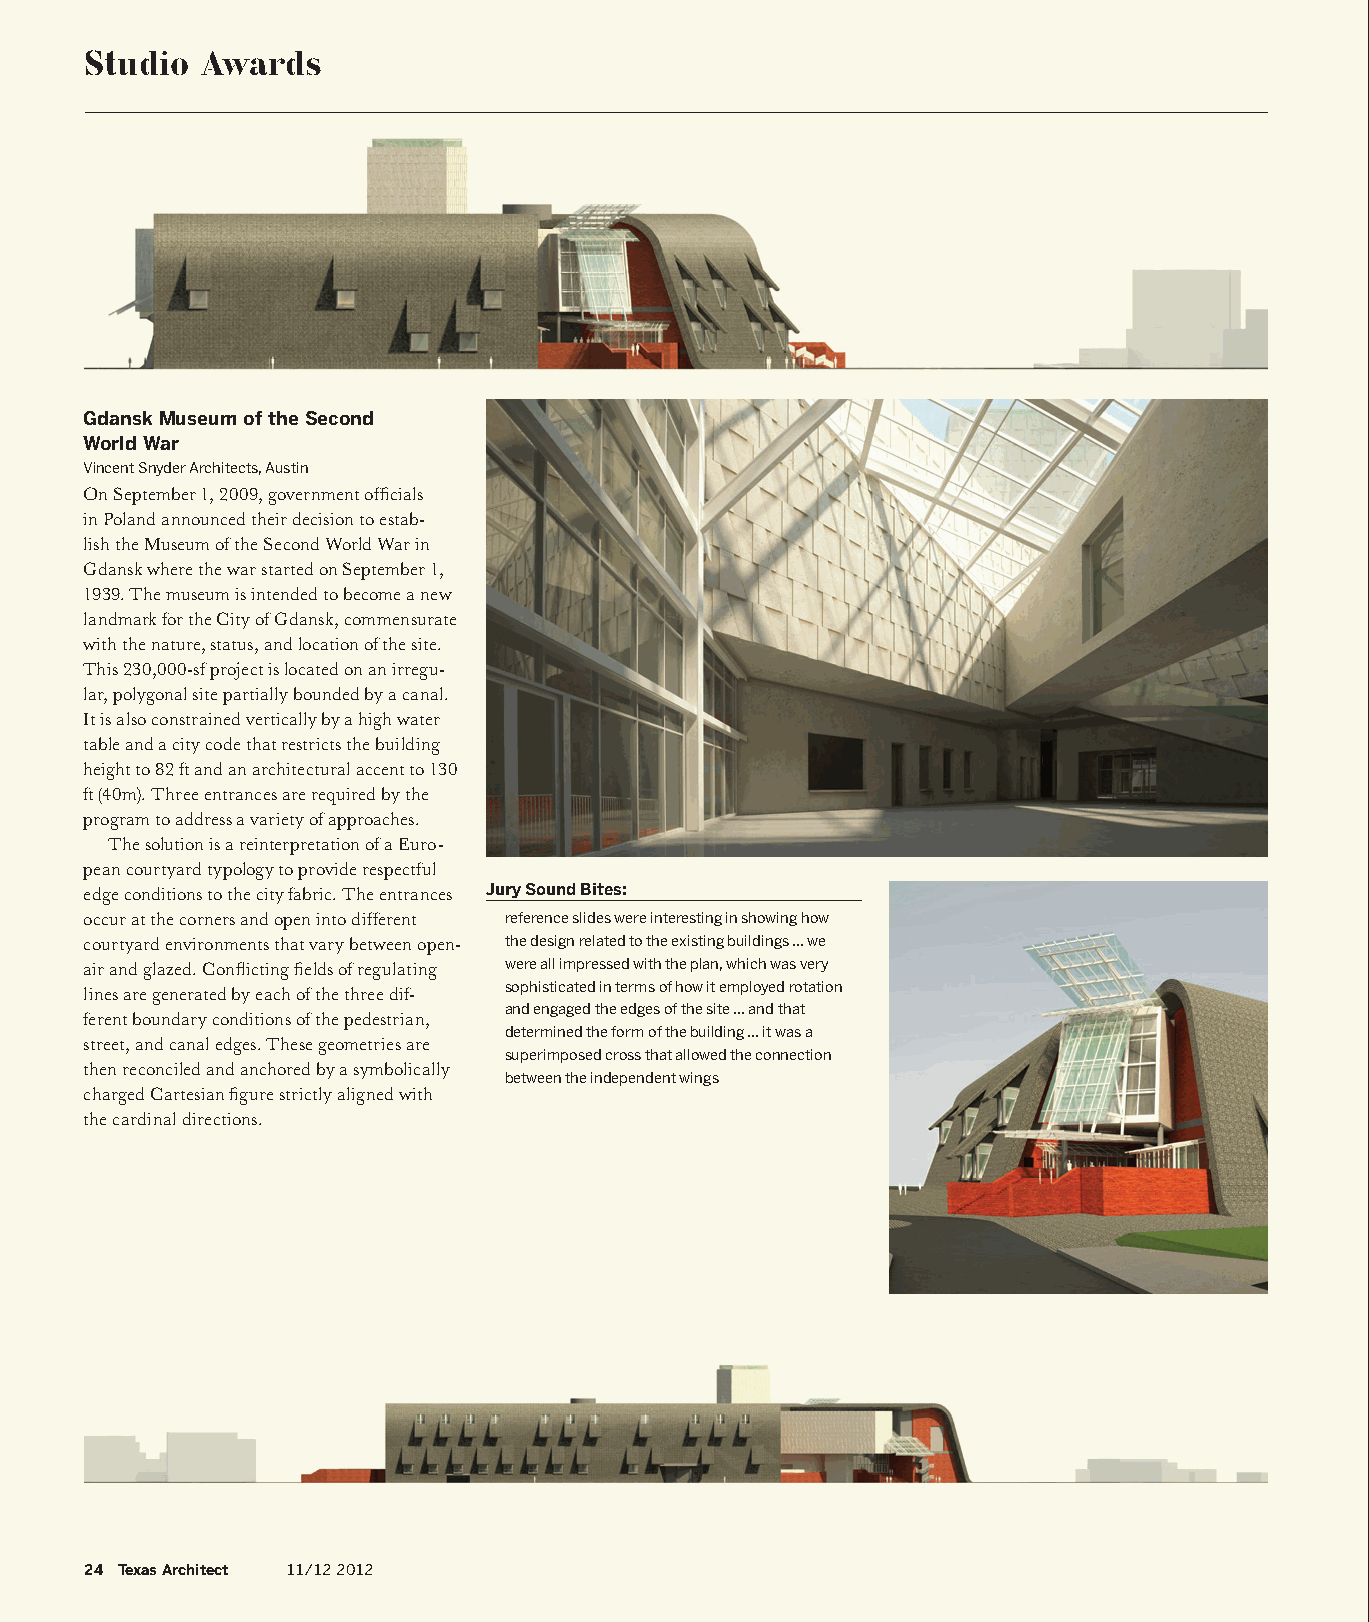
Studio Awards
 Gdansk Museum of the Second
 World War
 Vincent Snyder Architects, Austin
 On September 1, 2009, government officials
 in Poland announced their decision to estab-
 lish the Museum of the Second World War in
 Gdansk where the war started on September 1,
 1939. The museum is intended to become a new
 landmark for the City of Gdansk, commensurate
 with the nature, status, and location of the site.
 This 230,000-sf project is located on an irregu-
 lar, polygonal site partially bounded by a canal.
 It is also constrained vertically by a high water
 table and a city code that restricts the building
 height to 82 ft and an architectural accent to 130
 ft (40m). Three entrances are required by the
 program to address a variety of approaches.
 The solution is a reinterpretation of a Euro-
 pean courtyard typology to provide respectful
 edge conditions to the city fabric. The entrances Jury Sound Bites:
 occur at the corners and open into different reference slides were interesting in showing how
 courtyard environments that vary between open- the design related to the existing buildings ... we
 air and glazed. Conflicting fields of regulating were all impressed with the plan, which was very
 lines are generated by each of the three dif- sophisticated in terms of how it employed rotation
 and engaged the edges of the site ... and that
 ferent boundary conditions of the pedestrian,
 determined the form of the building ... it was a
 street, and canal edges. These geometries are
 superimposed cross that allowed the connection
 then reconciled and anchored by a symbolically
 between the independent wings
 charged Cartesian figure strictly aligned with
 the cardinal directions.
 24 Texas Architect 11/12 2012